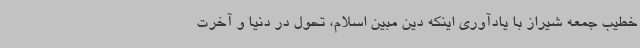
خطیب جمعه شیراز با یادآوری اینکه دین مبین اسلام، تحول در دنیا و آخرت